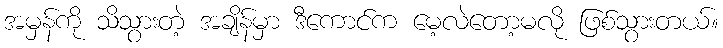
အမှန်ကို သိသွားတဲ့ အချိန်မှာ ဒီကောင်က မေ့လဲတော့မလို ဖြစ်သွားတယ်။